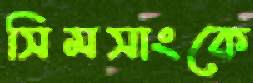
সিমসাংকে